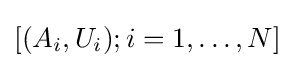
[(A_{i},U_{i});i=1,\ldots ,N]